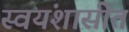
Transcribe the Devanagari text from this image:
स्वयंशासीत